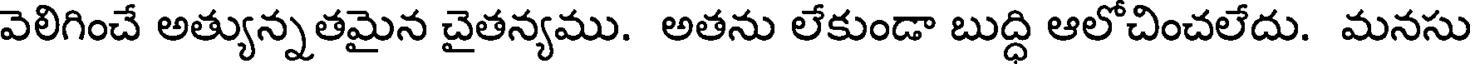
వెలిగించే అత్యున్నతమైన చైతన్యము. అతను లేకుండా బుద్ధి ఆలోచించలేదు. మనసు